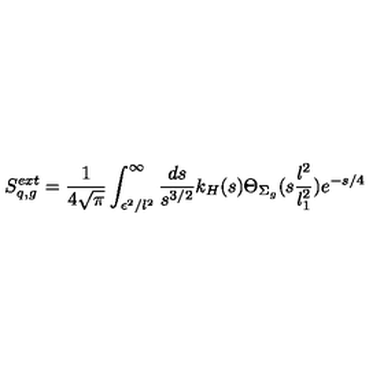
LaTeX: S _ { q , g } ^ { e x t } = { \frac { 1 } { 4 \sqrt { \pi } } } \int _ { \epsilon ^ { 2 } / l ^ { 2 } } ^ { \infty } { \frac { d s } { s ^ { 3 / 2 } } } k _ { H } ( s ) \Theta _ { \Sigma _ { g } } ( s { \frac { l ^ { 2 } } { l _ { 1 } ^ { 2 } } } ) e ^ { - { s / 4 } } ~